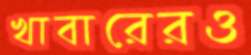
খাবারেরও